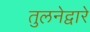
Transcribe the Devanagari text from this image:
तुलनेद्वारे